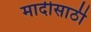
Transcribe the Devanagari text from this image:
मादीसाठी